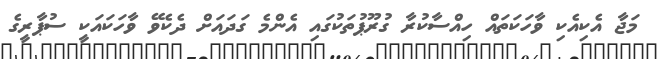
މަޖާ އެކިއެކި ވާހަކަތައް ހިއްސާކުރާ ގުރޫޕުތަކުގައި އެންމެ ގަދައަށް ދެކެވޭ ވާހަކައަކީ ސުޕާރީގެ